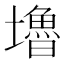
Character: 𡓇